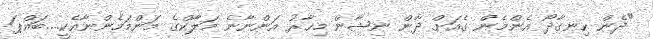
"ދެން ހިނގާދޯ އެންމެން ގެއަށް ދާން ނިޝާން މިހާރު އަންނާނެ މަލާކްގެ މަންމަމެންނާއެކީ....ބައްޕަ